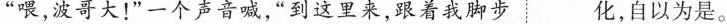
”喂，波哥大！”一个声音喊，”到这里来，跟着我脚步 化，自以为是。